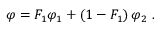
\varphi = { F _ { 1 } } { \varphi _ { 1 } } + \left( { 1 - { F _ { 1 } } } \right) { \varphi _ { 2 } } \mathrm { ~ . ~ }